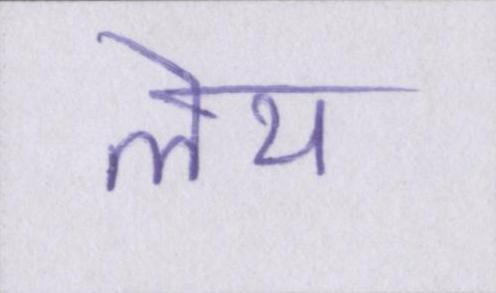
लेय